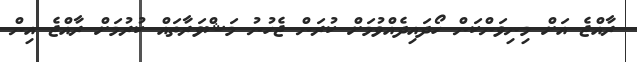
ރާއްޖެ އަށް މިނިވަންކަން ހޯދައިދެއްވުމަށް ކުރަން ޖެހުނު މަޝްވަރާތައް ކުރުމަށް ރާއްޖެ އިން